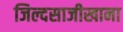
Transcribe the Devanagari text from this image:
जिल्दसाजीखाना